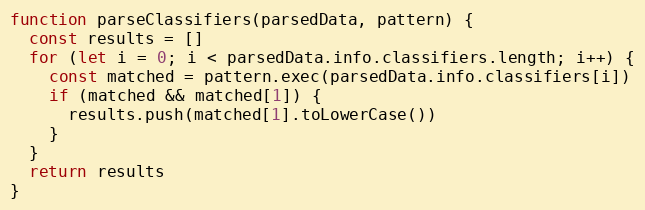
Language: JavaScript
function parseClassifiers(parsedData, pattern) {
  const results = []
  for (let i = 0; i < parsedData.info.classifiers.length; i++) {
    const matched = pattern.exec(parsedData.info.classifiers[i])
    if (matched && matched[1]) {
      results.push(matched[1].toLowerCase())
    }
  }
  return results
}